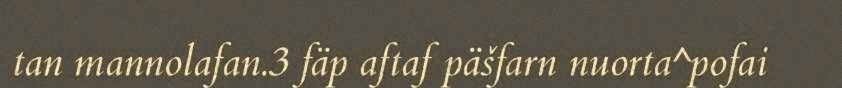
tan mannolafan.3 fäp aftaf päšfarn nuorta^pofai